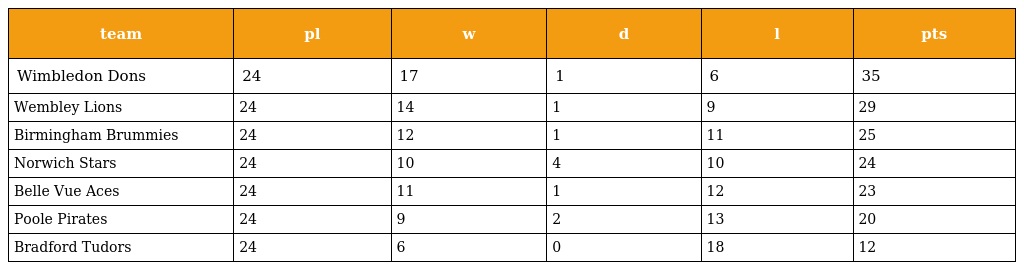
| team | pl | w | d | l | pts |
 | --- | --- | --- | --- | --- | --- |
 | Wimbledon Dons | 24 | 17 | 1 | 6 | 35 |
 | Wembley Lions | 24 | 14 | 1 | 9 | 29 |
 | Birmingham Brummies | 24 | 12 | 1 | 11 | 25 |
 | Norwich Stars | 24 | 10 | 4 | 10 | 24 |
 | Belle Vue Aces | 24 | 11 | 1 | 12 | 23 |
 | Poole Pirates | 24 | 9 | 2 | 13 | 20 |
 | Bradford Tudors | 24 | 6 | 0 | 18 | 12 |